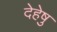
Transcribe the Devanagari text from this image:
देहेषु